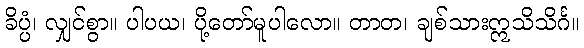
ခိပ္ပံ၊ လျှင်စွာ။ ပါပယ၊ ပို့တော်မူပါလော။ တာတ၊ ချစ်သားဣသိသိင်္ဂ။